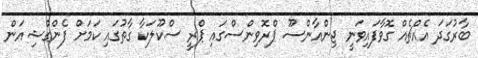
ބާރުގަދަ އެއްޗެއް ގޮވާފައިވަނީ ޖިންއާންސޫ ޕްރޮވިންސްގައި ޕްރީ ސްކޫލަކާ ގާތުގައި ކަމަށް ފެންގްޝިއަން